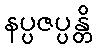
နပ္ပဇပ္ပန္တိ